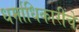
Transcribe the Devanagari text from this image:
धर्माधिकारींचे